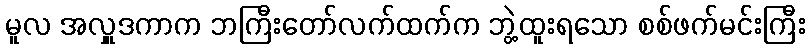
မူလ အလှူဒကာက ဘကြီးတော်လက်ထက်က ဘွဲ့ထူးရသော စစ်ဖက်မင်းကြီး